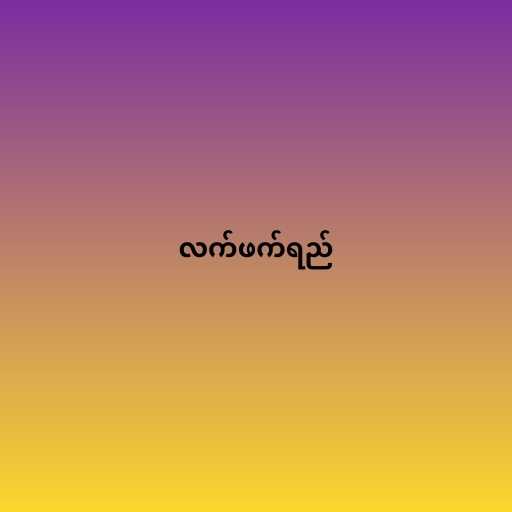
လက်ဖက်ရည်